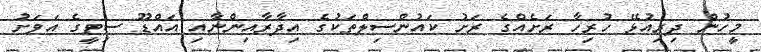
މީހުން ދިރިއުޅޭ ހުރިހާ ރަށެއްގެ ރަށު ކައުންސިލްތަކުގެ އިދާރާއިންނާއި އައްޑޫ ސިޓީގެ އަވަށު